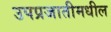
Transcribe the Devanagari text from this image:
उपप्रजातीमधील